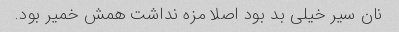
نان سیر خیلی بد بود اصلا مزه نداشت همش خمیر بود.